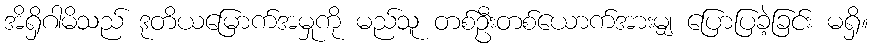
အိရှိဂါမိသည် ဒုတိယမြောက်အမှုကို မည်သူ တစ်ဦးတစ်ယောက်အားမျှ ပြောပြခဲ့ခြင်း မရှိ။